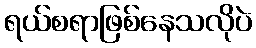
ရယ်စရာဖြစ်နေသလိုပဲ